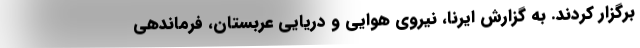
برگزار کردند. به گزارش ایرنا، نیروی هوایی و دریایی عربستان، فرماندهی